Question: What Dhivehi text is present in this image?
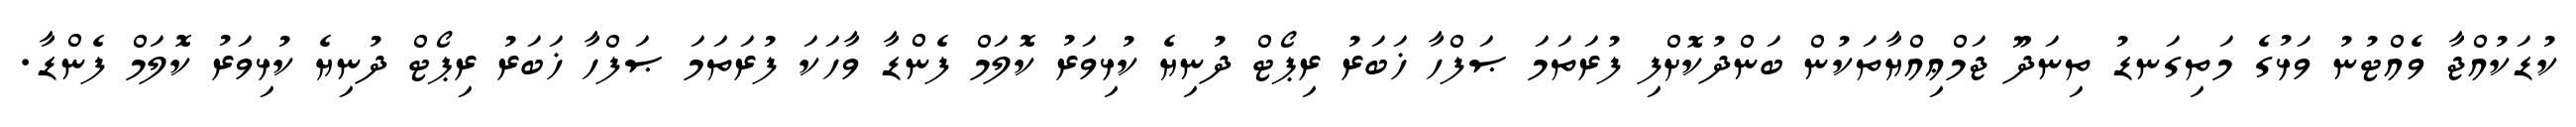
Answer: ކުޑަކުއްޖާ ވެއްޓުނު ވަޅުގެ މަތިގަނޑު ތިނަދޫ ޖަމްޢިއްޔާތަކުން ބަންދުކޮށްފި ފުރަތަމަ ޞަފްހާ ޚަބަރު ރިޕޯޓް ދުނިޔެ ކުޅިވަރު ކޮލަމް ފެންޑާ ވާހަކަ ފުރަތަމަ ޞަފްހާ ޚަބަރު ރިޕޯޓް ދުނިޔެ ކުޅިވަރު ކޮލަމް ފެންޑާ.